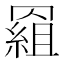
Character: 𰭕